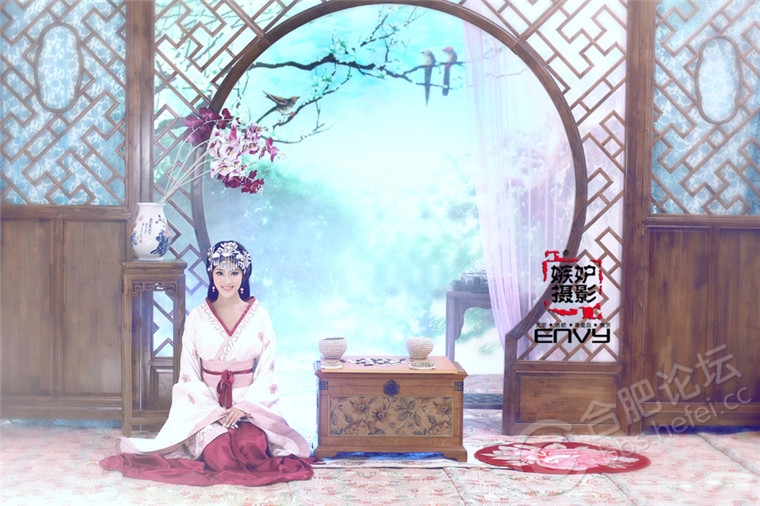
宫女如花满春殿，只今惟有鹧鸪飞。